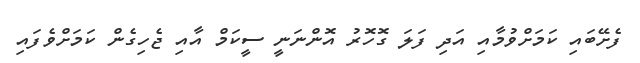
ފެށޭބައި ކަމަށްވުމާއި އަދި ފަލަ ގޮހޮރު އޮންނަނީ ސީކަމް އާއި ޖެހިގެން ކަމަށްވެފައި